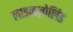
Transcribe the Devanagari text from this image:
लाइनज़ोलिड